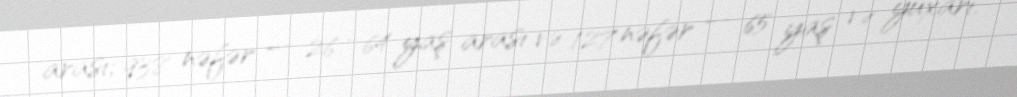
arası; 938 nəfər — 26 - 64 yaş arası və 127 nəfər — 65 yaş və yuxarı.